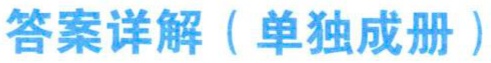
答案详解（单独成册）